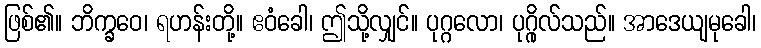
ဖြစ်၏။ ဘိက္ခဝေ၊ ရဟန်းတို့။ ဧဝံခေါ၊ ဤသို့လျှင်။ ပုဂ္ဂလော၊ ပုဂ္ဂိုလ်သည်။ အာဒေယျမုခေါ၊